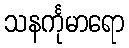
သနင်္ကုမာရော